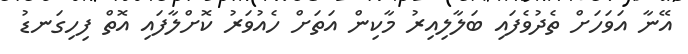
އޭނާ އަވަހަށް ތެދުވެފައި ބަލާލިއިރު މާކިން އަތަށް ހެއުވަރު ކޮށްލާފައި އޮތް ފިހިގަނޑު